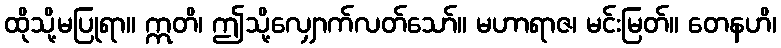
ထိုသို့မပြုရာ။ ဣတိ၊ ဤသို့လျှောက်လတ်သော်။ မဟာရာဇ၊ မင်းမြတ်။ တေနဟိ၊